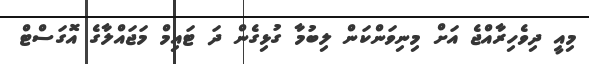
މިއީ ދިވެހިރާއްޖެ އަށް މިނިވަންކަން ލިބުމާ ގުޅިގެން ދަ ޓައިމް މަޖައްލާގެ އޮގަސްޓް